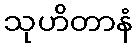
သုဟိတာနံ